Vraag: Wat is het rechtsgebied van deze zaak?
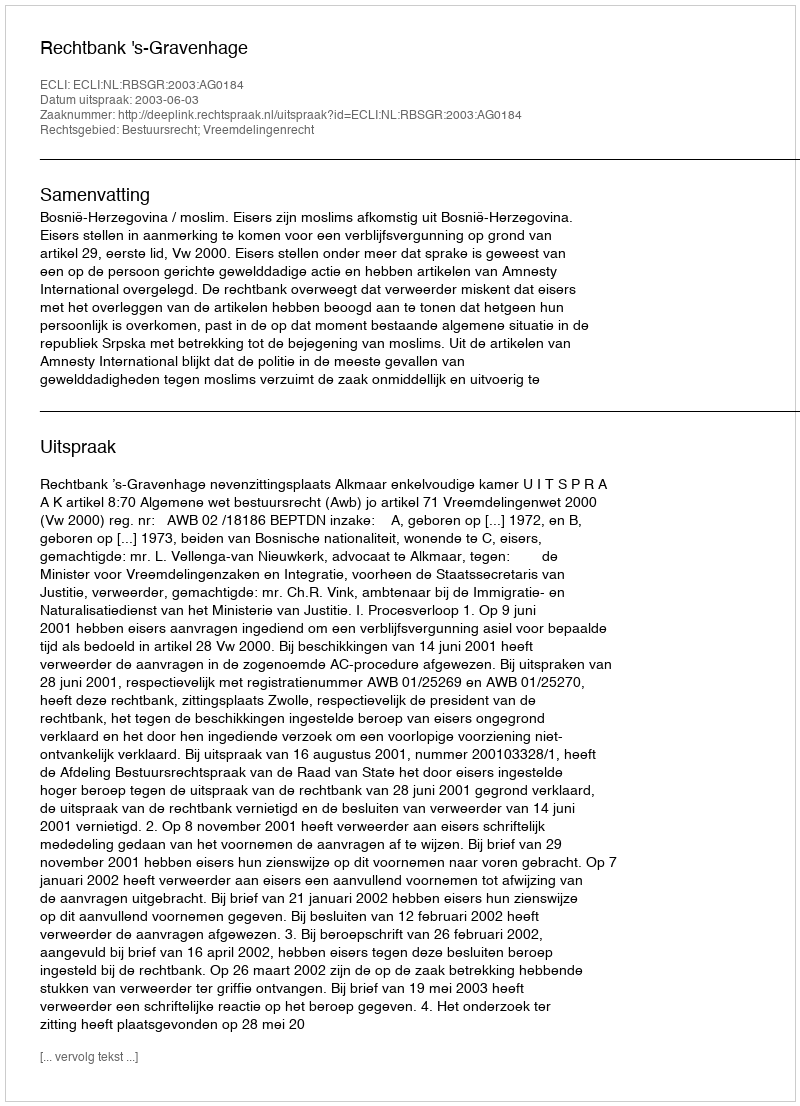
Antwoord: Bestuursrecht; Vreemdelingenrecht